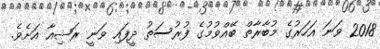
2018 ވަނަ އަހަރުގެ މުބާރާތް ބޭއްވުމުގެ ފުރުސަތު ދީފައި ވަނީ ރަޝިއާ އަށެވެ.